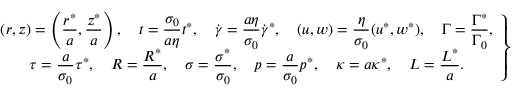
\left. \begin{array} { c } { \displaystyle ( r , z ) = \left( \frac { r ^ { * } } { a } , \frac { z ^ { * } } { a } \right) , \quad { t } = \frac { \sigma _ { 0 } } { a \eta } t ^ { * } , \quad \boldsymbol { \dot { \gamma } } = \frac { a \eta } { \sigma _ { 0 } } \boldsymbol { \dot { \gamma } } ^ { * } , \quad ( { u } , { w } ) = \frac { \eta } { \sigma _ { 0 } } ( u ^ { * } , w ^ { * } ) , \quad \Gamma = \frac { \Gamma ^ { * } } { \Gamma _ { 0 } } , } \\ { \displaystyle \boldsymbol { \tau } = \frac { a } { \sigma _ { 0 } } \boldsymbol { \tau } ^ { * } , \quad R = \frac { R ^ { * } } { a } , \quad \sigma = \frac { \sigma ^ { * } } { \sigma _ { 0 } } , \quad p = \frac { a } { \sigma _ { 0 } } p ^ { * } , \quad \kappa = a \kappa ^ { * } , \quad L = \frac { L ^ { * } } { a } . } \end{array} \right\}